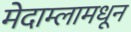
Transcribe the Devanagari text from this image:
मेदाम्लामधून